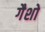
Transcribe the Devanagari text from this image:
गैशो